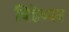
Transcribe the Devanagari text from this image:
बिहेव्यर